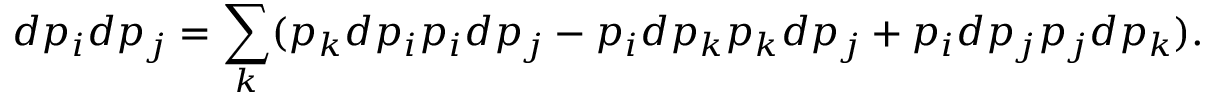
d p _ { i } d p _ { j } = \sum _ { k } ( p _ { k } d p _ { i } p _ { i } d p _ { j } - p _ { i } d p _ { k } p _ { k } d p _ { j } + p _ { i } d p _ { j } p _ { j } d p _ { k } ) .